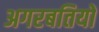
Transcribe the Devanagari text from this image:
अगरबतियों